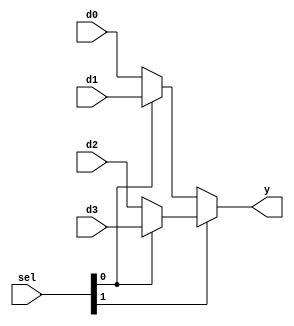
`timescale 1ns / 1ps
//////////////////////////////////////////////////////////////////////////////////
// Company: 
// Engineer: 
// 
// Design Name: 
// Module Name: b2_mux_4_1_case
// Project Name: 
// Target Devices: 
// Tool Versions: 
// Description: 
// 
// Dependencies: 
// 
// Revision:
// Revision 0.01 - File Created
// Additional Comments:
// 
//////////////////////////////////////////////////////////////////////////////////

module b2_mux_4_1_sel (
    input [1:0] d0, d1, d2, d3,
    input [1:0] sel,
    output [1:0] y
    );
    assign y = sel[1] ? ( sel[0] ? d3 : d2)
                : (sel[0] ? d1 : d0);
endmodule